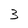
Character: 3